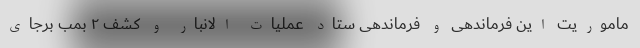
ماموریت این فرماندهی و فرماندهی ستاد عملیات الانبار و کشف ۲ بمب برجای